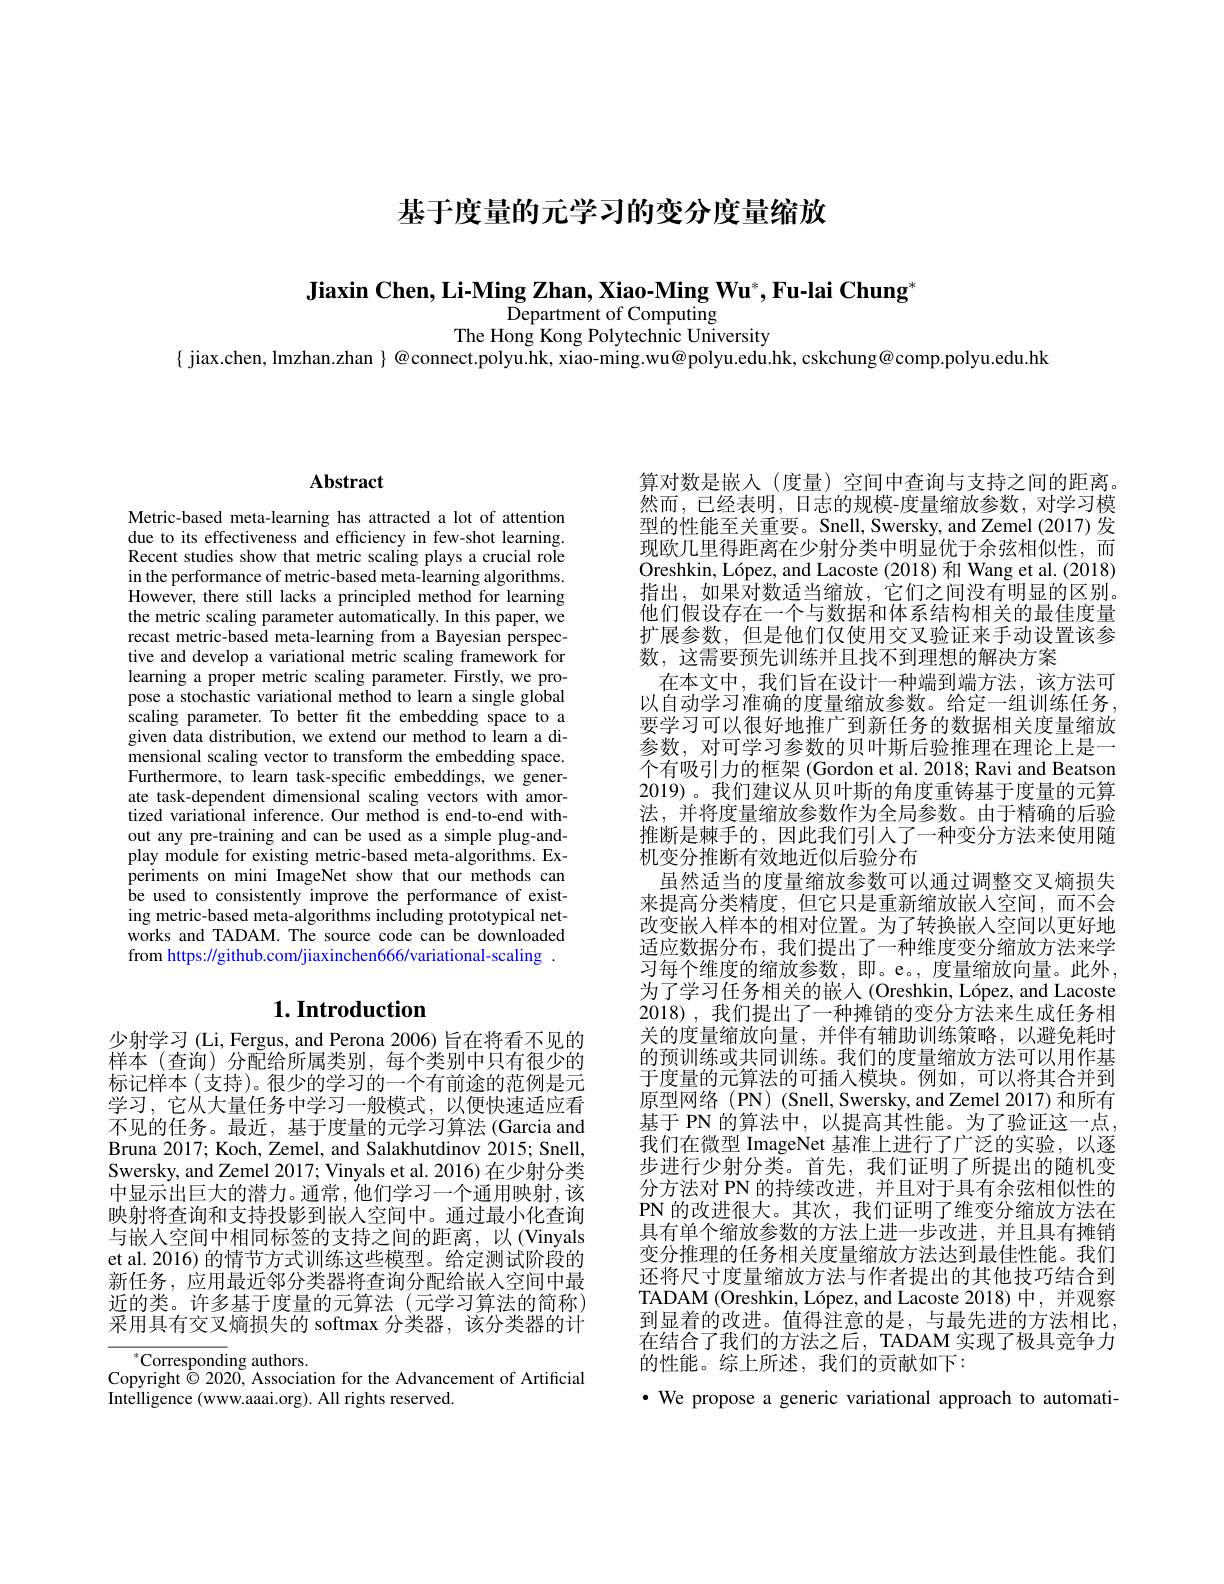
基于度量的元学习的变分度量缩放

Jiaxin Chen, Li-Ming Zhan, Xiao-Ming Wu*, Fu-lai Chung"

 Department of Computing
The Hong Kong Polytechnic University
$\{$ jiax.chen, lmzhan.zhan $\}$ @connect.polyu.hk, xiao-ming.wu@polyu.edu.hk, cskchung@comp.polyu.edu.hk

## $\mathbf{Abstract}$

Metric-based meta-learning has attracted a lot of attention due to its effectiveness and efficiency in few-shot learning. Recent studies show that metric scaling plays a crucial role in the performance of metric-based meta-learning algorithms. However, there still lacks a principled method for learning the metric scaling parameter automatically. In this paper, we recast metric-based meta-learning from a Bayesian perspective and develop a variational metric scaling framework for learning a proper metric scaling parameter. Firstly, we propose a stochastic variational method to learn a single global scaling parameter. To better fit the embedding space to a given data distribution, we extend our method to learn a dimensional scaling vector to transform the embedding space. Furthermore, to learn task-specific embeddings, we generate task-dependent dimensional scaling vectors with amortized variational inference. Our method is end-to-end without any pre-training and can be used as a simple plug-andplay module for existing metric-based meta-algorithms. Experiments on mini ImageNet show that our methods can be used to consistently improve the performance of existing metric-based meta-algorithms including prototypical networks and TADAM. The source code can be downloaded from https://github.com/jiaxinchen666/variational-scaling

# $1. \textbf{Introduction}$

少射学习(Li, Fergus, and Perona 2006) 旨在将看不见的样本 (查询) 分配给所属类别，每个类别中只有很少的标记样本 (支持)。很少的学习的一个有前途的范例是元学习，它从大量任务中学习一般模式，以便快速适应看不见的任务。最近，基于度量的元学习算法(Garcia and Bruna 2017; Koch, Zemel, and Salakhutdinov 2015; Snell, Swersky, and Zemel 2017; Vinyals et al. 2016) 在少射分类中显示出巨大的潜力。通常，他们学习一个通用映射，该映射将查询和支持投影到嵌人空间中。通过最小化查询与嵌入空间中相同标签的支持之间的距离，以(Vinyals et al. 2016) 的情节方式训练这些模型。给定测试阶段的新任务，应用最近邻分类器将查询分配给嵌入空间中最近的类。许多基于度量的元算法(元学习算法的简称) 采用具有交叉熵损失的 softmax 分类器，该分类器的计

$^*$Corresponding authors.
Copyright $\textcircled{\circ}2020$, Association for the Advancement of Artificial
Intelligence (www.aaai.org). All rights reserved.

算对数是嵌入(度量)空间中查询与支持之间的距离。然而，已经表明，日志的规模-度量缩放参数，对学习模型的性能至关重要。Snell, Swersky, and Zemel (2017) 发现欧几里得距离在少射分类中明显优于余弦相似性，而Oreshkin, López, and Lacoste (2018) 和 Wang et al. (2018) 指出，如果对数适当缩放，它们之间没有明显的区别。他们假设存在一个与数据和体系结构相关的最佳度量扩展参数，但是他们仅使用交叉验证来手动设置该参数，这需要预先训练并且找不到理想的解决方案
在本文中，我们旨在设计一种端到端方法，该方法可以自动学习准确的度量缩放参数。给定一组训练任务， 要学习可以很好地推广到新任务的数据相关度量缩放参数，对可学习参数的贝叶斯后验推理在理论上是一个有吸引力的框架 (Gordon et al. 2018; Ravi and Beatson 2019)。我们建议从贝叶斯的角度重铸基于度量的元算法，并将度量缩放参数作为全局参数。由于精确的后验推断是棘手的，因此我们引人了一种变分方法来使用随机变分推断有效地近似后验分布
虽然适当的度量缩放参数可以通过调整交叉熵损失来提高分类精度，但它只是重新缩放嵌入空间，而不会改变嵌人样本的相对位置。为了转换嵌入空间以更好地适应数据分布，我们提出了一种维度变分缩放方法来学习每个维度的缩放参数，即。e。,度量缩放向量。此外， 为了学习任务相关的嵌人(Oreshkin, López, and Lacoste 2018),我们提出了一种摊销的变分方法来生成任务相关的度量缩放向量，并伴有辅助训练策略，以避免耗时的预训练或共同训练。我们的度量缩放方法可以用作基于度量的元算法的可插入模块。例如，可以将其合并到原型网络(PN)(Snell,Swersky,andZemel2017)和所有基于 PN 的算法中，以提高其性能。为了验证这一点， 我们在微型 ImageNet 基准上进行了广泛的实验，以逐步进行少射分类。首先，我们证明了所提出的随机变分方法对 PN 的持续改进，并且对于具有余弦相似性的PN 的改进很大。其次，我们证明了维变分缩放方法在具有单个缩放参数的方法上进一步改进，并且具有摊销变分推理的任务相关度量缩放方法达到最佳性能。我们还将尺寸度量缩放方法与作者提出的其他技巧结合到TADAM (Oreshkin, López, and Lacoste 2018) 中，并观察到显着的改进。值得注意的是，与最先进的方法相比， 在结合了我们的方法之后，TADAM 实现了极具竞争力的性能。综上所述，我们的贡献如下：
·We propose a generic variational approach to automati-